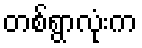
တစ်ရွာလုံးက